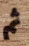
ثم